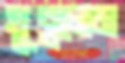
খুব্‌ললেম